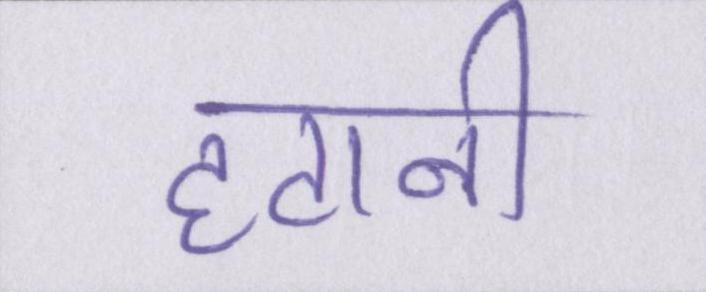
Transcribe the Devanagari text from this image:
हटानी